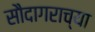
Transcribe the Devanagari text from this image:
सौदागराच्या